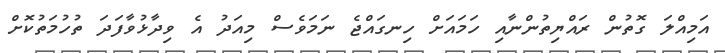
އަމިއްލަ ގޮތުން ރައްޔިތުންނާއި ހަމައަށް ހިނގައްޖެ ނަމަވެސް މިއަދު އެ ވިދާޅުވާފަދަ ތުހުމަތުކޮށް